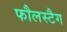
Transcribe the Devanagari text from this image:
फौलस्टैग